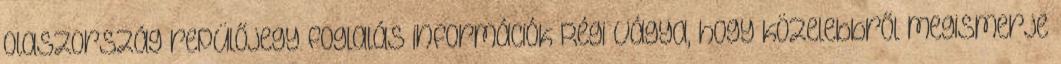
Olaszország repülőjegy foglalás információk Régi vágya, hogy közelebbről megismerje